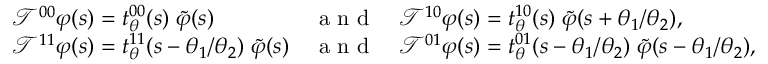
\begin{array} { l c l } { \mathcal { T } ^ { 0 0 } \varphi ( s ) = t _ { \boldsymbol { \theta } } ^ { 0 0 } ( s ) \; \widetilde { \varphi } ( s ) } & { \textnormal { a n d } } & { \mathcal { T } ^ { 1 0 } \varphi ( s ) = t _ { \boldsymbol { \theta } } ^ { 1 0 } ( s ) \; \widetilde { \varphi } ( s + \theta _ { 1 } / \theta _ { 2 } ) , } \\ { \mathcal { T } ^ { 1 1 } \varphi ( s ) = t _ { \boldsymbol { \theta } } ^ { 1 1 } ( s - \theta _ { 1 } / \theta _ { 2 } ) \; \widetilde { \varphi } ( s ) } & { \textnormal { a n d } } & { \mathcal { T } ^ { 0 1 } \varphi ( s ) = t _ { \boldsymbol { \theta } } ^ { 0 1 } ( s - \theta _ { 1 } / \theta _ { 2 } ) \; \widetilde { \varphi } ( s - \theta _ { 1 } / \theta _ { 2 } ) , } \end{array}